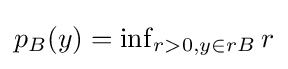
{\textstyle p_{B}(y)=\inf _{r>0,y\in rB}r}